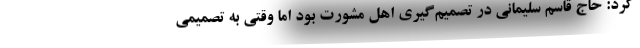
کرد:‌ حاج قاسم سلیمانی در تصمیم‌گیری‌ اهل مشورت بود اما وقتی به تصمیمی